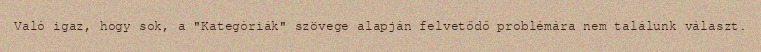
Való igaz, hogy sok, a "Kategóriák" szövege alapján felvetődő problémára nem találunk választ.